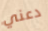
دعني